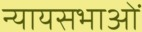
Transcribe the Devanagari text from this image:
न्यायसभाओं